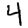
Digit: 4